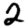
Digit: 2